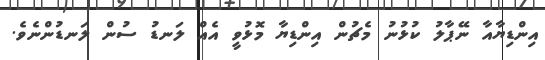
އިންޑިޔާއާ ނޭޕާލު ކުޅުނު މެޗުން އިންޑިޔާ މޮޅުވީ އެއް ލަނޑު ސުން ލަނޑުންނެވެ.